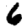
Digit: 6